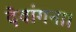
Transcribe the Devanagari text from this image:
देवांगना।